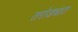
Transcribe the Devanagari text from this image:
तरोड्यात